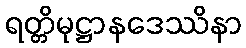
ရတ္တိမုဋ္ဌာနဒေဿိနာ